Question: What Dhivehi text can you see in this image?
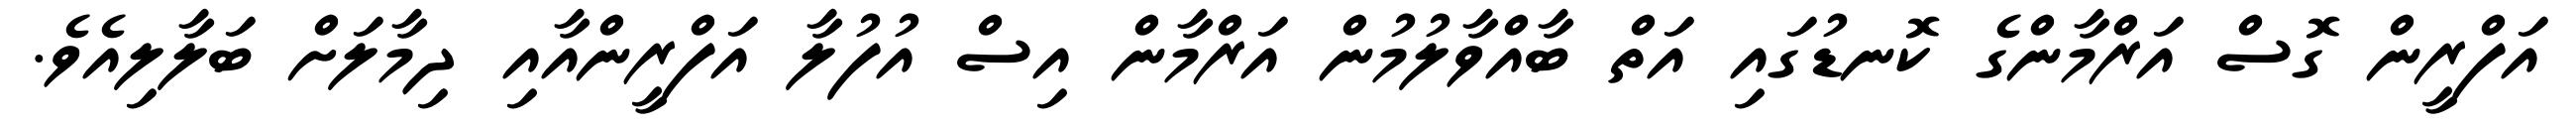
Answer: އަފްރީން ގޮސް އަރްމާންގެ ކޮނޑުގައި އަތް ބާއްވާލުމުން އަރްމާން އިސް އުފުލާ އަފްރީންއާއި ދިމާލަށް ބަލާލިއެވެ.